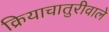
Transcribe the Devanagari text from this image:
क्रियाचातुरीवाले